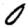
Digit: 0